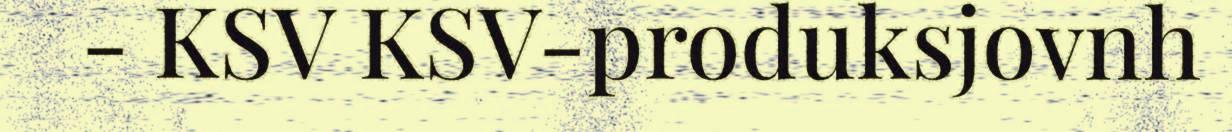
- KSV KSV-produksjovnh